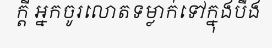
ក្តី អ្នកចូរលោតទម្លាក់ទៅក្នុងបឹង